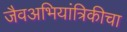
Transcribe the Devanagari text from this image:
जैवअभियांत्रिकीचा